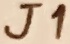
Text: J1